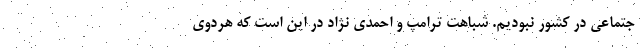
جتماعی در کشور نبودیم. شباهت ترامپ و احمدی نژاد در این است که هردوی